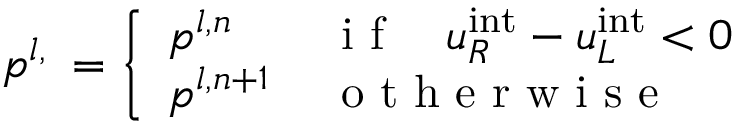
p ^ { l , \bigstar } = \left\{ \begin{array} { l l } { p ^ { l , n } \, } & { \mathrm { ~ i ~ f ~ } \quad u _ { R } ^ { \mathrm { i n t } } - u _ { L } ^ { \mathrm { i n t } } < 0 } \\ { p ^ { l , n + 1 } \, } & { \mathrm { ~ o ~ t ~ h ~ e ~ r ~ w ~ i ~ s ~ e ~ } } \end{array} \right.